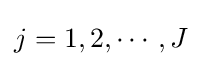
j=1,2,\cdots ,J